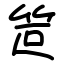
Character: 笸